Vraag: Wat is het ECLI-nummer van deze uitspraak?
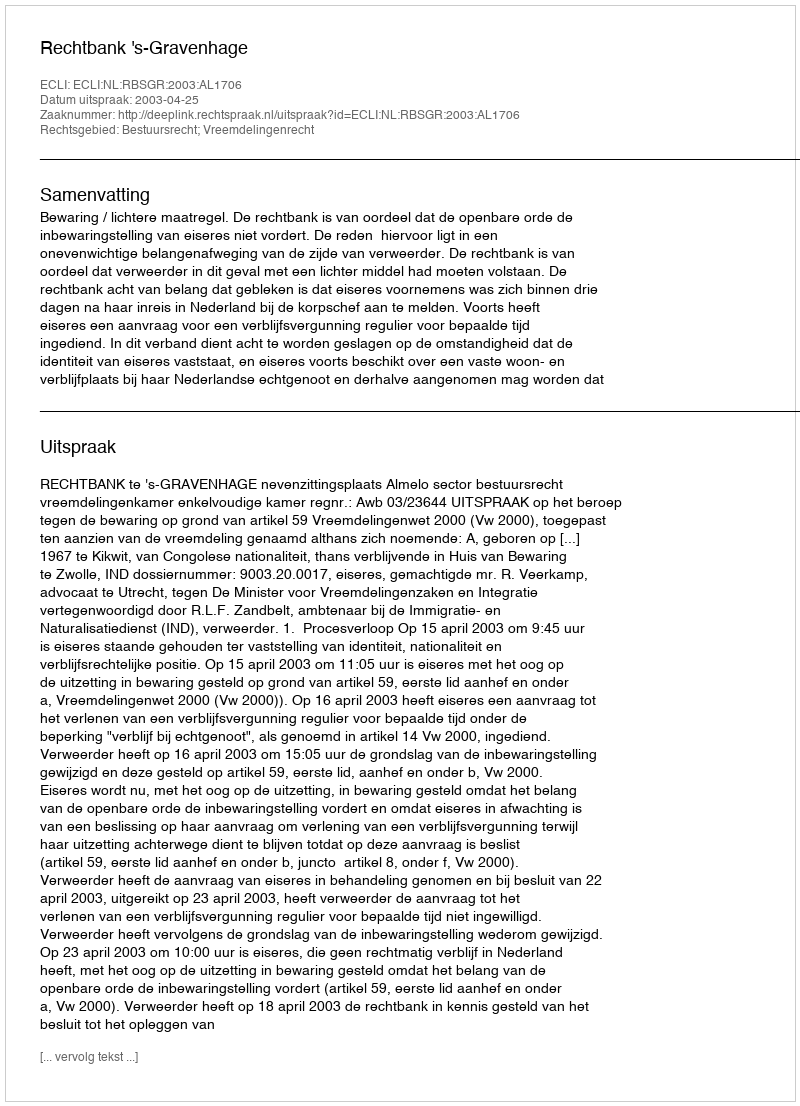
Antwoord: ECLI:NL:RBSGR:2003:AL1706